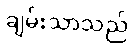
ချမ်းသာသည်